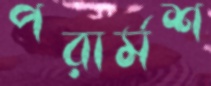
পরার্মশ